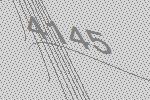
4145